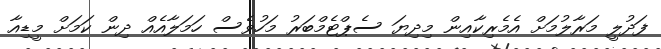
ފަދުލީ މަރާލުމަށް އެމެރިކާއިން މިދިޔަ ސެޕްޓެމްބަރު މަހުވެސް ހަމަލާއެއް ދިން ކަމަށް މީޑިއާ